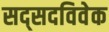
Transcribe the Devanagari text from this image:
सद्सदविवेक